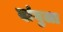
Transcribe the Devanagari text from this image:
दांबुला